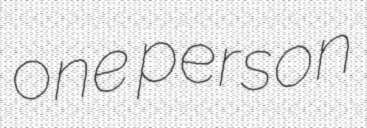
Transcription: one person